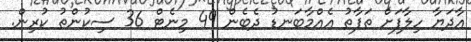
އާދަޔާ ހިލާފަށް ތަފާތު އެއްމާބަނޑު ދެބެން 49 މިނެޓް 36 ސިކުންތު ކުރިން.